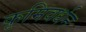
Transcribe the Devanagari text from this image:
कृमिवर्धन